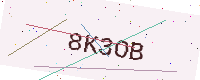
Text: 8K3OB